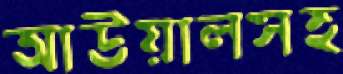
আউয়ালসহ